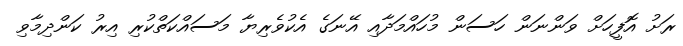
ރަށު އޮފީހަށް ވަންނަން ހަސަން މުހައްމަދާއި އޭނަގެ އެކުވެރިޔާ މަސައްކަތްކުރި އިރު ކަންދިމާވި